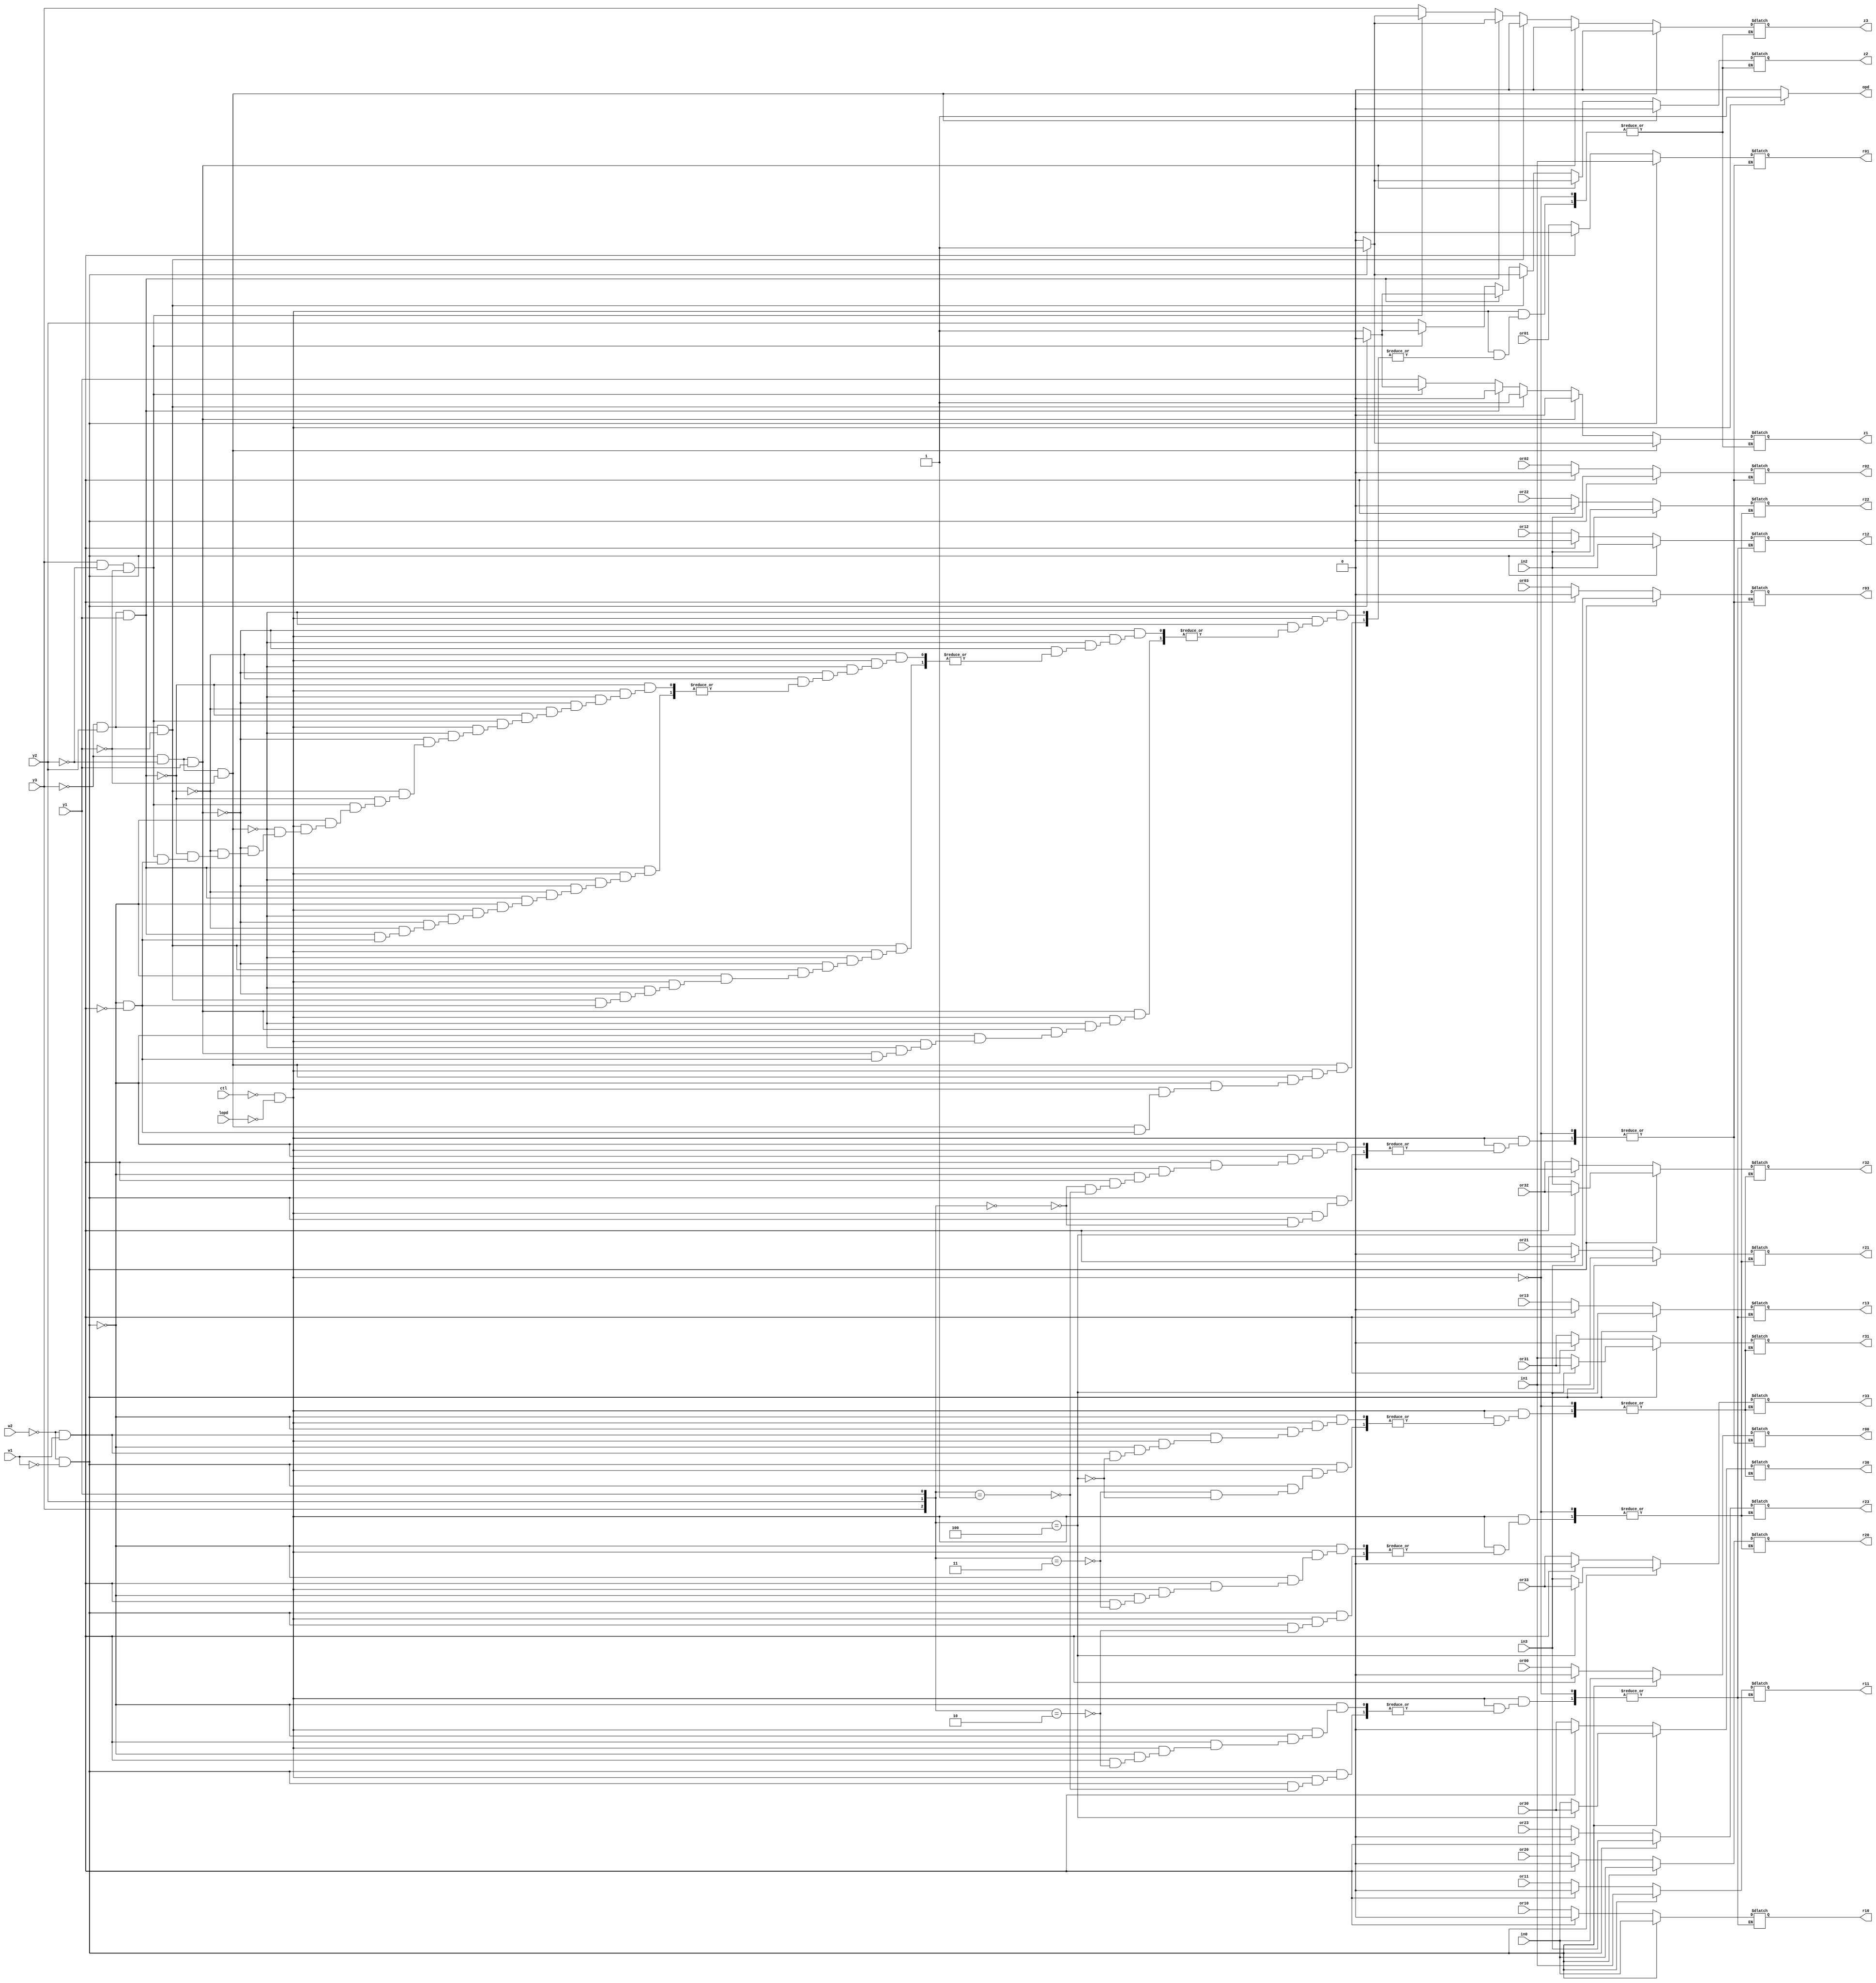

module betterstack(w2, w1, in3, in2, in1, in0, r00, r01, r02, r03, r10, r11, r12, r13, r20, r21, r22, r23, r30, r31, r32, r33, or00, or01, or02, or03, or10, or11, or12, or13, or20, or21, or22, or23, or30, or31, or32, or33, ctl, y3, y2, y1, z3, z2, z1, lopd, opd);
	input ctl, w2, w1, in3, in2, in1, in0, or00, or01, or02, or03, or10, or11, or12, or13, or20, or21, or22, or23, or30, or31, or32, or33, y3, y2, y1, lopd;
	output reg r00, r01, r02, r03, r10, r11, r12, r13, r20, r21, r22, r23, r30, r31, r32, r33, z3, z2, z1, opd;
		
	always@(ctl)
	begin
	
	if(ctl == 0 && lopd == 0)
	begin
		opd = 1;
		/* begin raw 3 bit state logic */
		if(y3 == 0 && y2 == 0 && y1 == 0)
		begin
		/* 000 */
			if(w2 == 0 && w1 == 0)
			begin
			/* push */
				z3 = 0;
				z2 = 0;
				z1 = 1;
			end
			
			else if(w2 == 0 && w1 == 1)
			begin
			/* pop */
				z3 = 0;
				z2 = 0;
				z1 = 0;
			end
		end
		
		else if(y3 == 0 && y2 == 0 && y1 == 1)
		begin
		/* 001 */
			if(w2 == 0 && w1 == 0)
			begin
			/* push */
				z3 = 0;
				z2 = 1;
				z1 = 0;
			end
			
			else if(w2 == 0 && w1 == 1)
			begin
			/* pop */
				z3 = 0;
				z2 = 0;
				z1 = 0;
			end
		end
		
		else if(y3 == 0 && y2 == 1 && y1 == 0)
		begin
		/* 010 */
			if(w2 == 0 && w1 == 0)
			begin
			/* push */
				z3 = 0;
				z2 = 1;
				z1 = 1;
			end
			
			else if(w2 == 0 && w1 == 1)
			begin
			/* pop */
				z3 = 0;
				z2 = 0;
				z1 = 1;
			end
		end
		
		else if(y3 == 0 && y2 == 1 && y1 == 1)
		begin
		/* 011 */
			if(w2 == 0 && w1 == 0)
			begin
			/* push */
				z3 = 1;
				z2 = 0;
				z1 = 0;
			end
			
			else if(w2 == 0 && w1 == 1)
			begin
			/* pop */
				z3 = 0;
				z2 = 1;
				z1 = 0;
			end
		end
		
		else if(y3 == 1 && y2 == 0 && y1 == 0)
		begin
		/* 100 */
			if(w2 == 0 && w1 == 0)
			begin
			/* push */
				z3 = 1;
				z2 = 0;
				z1 = 0;
			end
			
			else if(w2 == 0 && w1 == 1)
			begin
			/* pop */
				z3 = 0;
				z2 = 1;
				z1 = 1;
			end
		end
		else
		begin
			z3 = y3;
			z2 = y2;
			z1 = y1;
		end
	
	
		/*** END STATE MACHINE ***/
		
		/* push */
		if(w2 == 0 && w1 == 0)
		begin
			case({y3, y2, y1})
			3'b000:
			begin
			/* 0 in queue */
			r00 = in0;
			r01 = in1;
			r02 = in2;
			r03 = in3;
			end
			
			3'b001:
			begin
			/* 1 */
			r10 = in0;
			r11 = in1;
			r12 = in2;
			r13 = in3;
			end
			
			3'b010:
			begin
			/* 2 */
			r20 = in0;
			r21 = in1;
			r22 = in2;
			r23 = in3;
			end
			
			3'b011:
			begin
			/* 3 */
			r30 = in0;
			r31 = in1;
			r32 = in2;
			r33 = in3;
			end
			
			3'b100:
			begin
			/* 4 */
			r30 = or30;
			r31 = or31;
			r32 = or32;
			r33 = or33;
			end
			
			endcase
		end
		
		
		/* pop */
		else if(w2 == 0 && w1 == 1)
		begin
			case({y3, y2, y1})
			3'b000:
			begin
			/* 0 in queue */
			r00 = 0;
			r01 = 0;
			r02 = 0;
			r03 = 0;
			end
			
			3'b001:
			begin
			/* 1 */
			r00 = 0;
			r01 = 0;
			r02 = 0;
			r03 = 0;
			end
			
			3'b010:
			begin
			/* 2 */
			r10 = 0;
			r11 = 0;
			r12 = 0;
			r13 = 0;
			end
			
			3'b011:
			begin
			/* 3 */
			r20 = 0;
			r21 = 0;
			r22 = 0;
			r23 = 0;
			end
			
			3'b100:
			begin
			/* 4 */
			r30 = 0;
			r31 = 0;
			r32 = 0;
			r33 = 0;
			end
			
			endcase
		end
		else
		begin
			r00 = or00;
			r01 = or01;
			r02 = or02;
			r03 = or03;
			
			r10 = or10;
			r11 = or11;
			r12 = or12;
			r13 = or13;
			
			r20 = or20;
			r21 = or21;
			r22 = or22;
			r23 = or23;
			
			r30 = or30;
			r31 = or31;
			r32 = or32;
			r33 = or33;
		end
	end
	else
	begin
		opd = 0;
	end
		
	end
	
	
endmodule